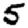
Digit: 5